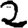
Digit: 2